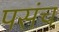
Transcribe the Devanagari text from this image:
पसंच